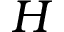
H